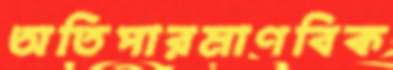
অতিপারমাণবিক